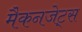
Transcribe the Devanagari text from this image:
मैकनजेट्स